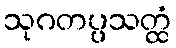
သုဂတပ္ပသတ္ထံ